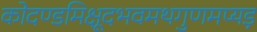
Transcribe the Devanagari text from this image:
कोदण्डमिक्षूदभवमथगुणमप्यड़